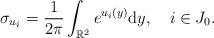
LaTeX: \begin{align*}\sigma_{u_i}=\frac{1}{2\pi}\int_{\mathbb{R}^2}e^{u_i(y)}\mathrm{d}y, \ \ \ i\in J_0.\end{align*}